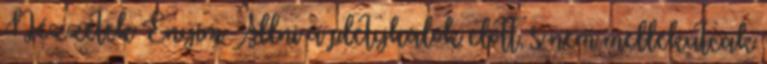
Nézzétek Enyím Állni a pletykálók előtt, s nem mellékutcák